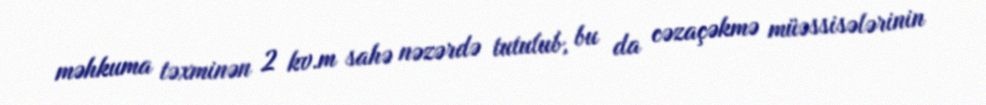
məhkuma təxminən 2 kv.m sahə nəzərdə tutulub, bu da cəzaçəkmə müəssisələrinin